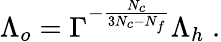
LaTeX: \Lambda_{o}=\Gamma^{-{\frac{N_{c}}{3N_{c}-N_{f}}}}\Lambda_{h}\; .